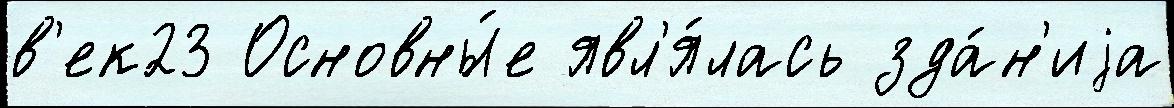
в'ек23 Основны́е явл'я́лась зда́н'иjа